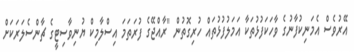
އޭރުވެސް އެމަނިކުފާނުގެ ވާހަކަފުޅުތަކާ އަމަލުފުޅުތައް ހުރިގޮތުން "ރާއްޖޭގެ ފުރަތަމަ އިސްލާމިކް ޔުނިވާސިޓީގެ ޗާންސެލަރަކަށް